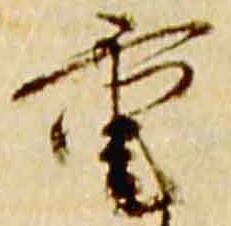
重